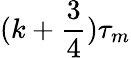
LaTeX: (k+\frac 34)\tau_{m}